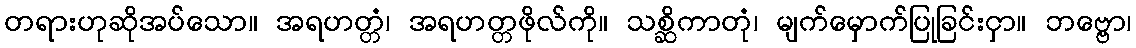
တရားဟုဆိုအပ်သော။ အရဟတ္တံ၊ အရဟတ္တဖိုလ်ကို။ သစ္ဆိကာတုံ၊ မျက်မှောက်ပြုခြင်းငှာ။ ဘဗ္ဗော၊